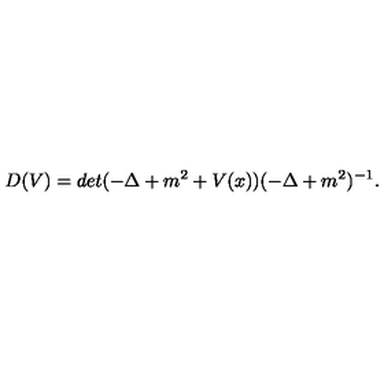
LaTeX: D ( V ) = d e t ( - \Delta + m ^ { 2 } + V ( x ) ) ( - \Delta + m ^ { 2 } ) ^ { - 1 } .